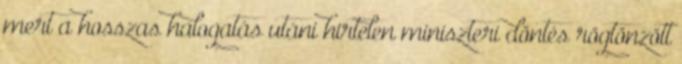
mert a hosszas halogatás utáni hirtelen miniszteri döntés rögtönzött